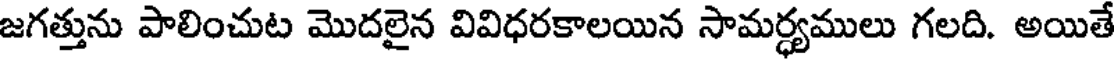
జగత్తును పాలించుట మొదలైన వివిధరకాలయిన సామర్ధ్యములు గలది. అయితే